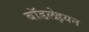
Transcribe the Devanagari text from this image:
बॉडलेइयन